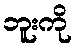
ဘူးကို